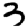
Digit: 3